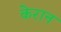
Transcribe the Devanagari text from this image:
केरान